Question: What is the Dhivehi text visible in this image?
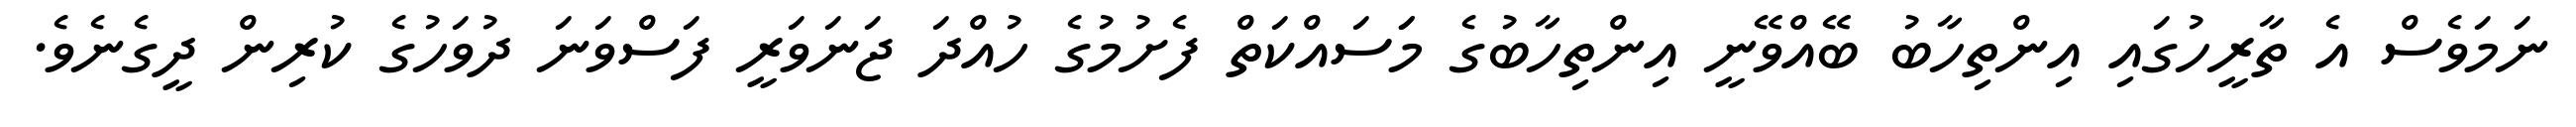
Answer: ނަމަވެސް އެ ތާރީހުގައި އިންތިހާބު ބޭއްވޭނީ އިންތިހާބުގެ މަަސައްކަތް ފެށުމުގެ ހުއްދަ ޖަނަވަރީ ފަސްވަނަ ދުވަހުގެ ކުރިން ދީގެނެވެ.